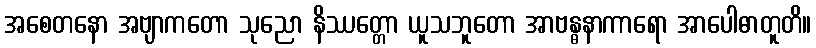
အစေတနော အဗျာကတော သုညော နိဿတ္တော ယူသဘူတော အာဗန္ဓနာကာရော အာပေါဓာတူတိ။